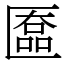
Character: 匲